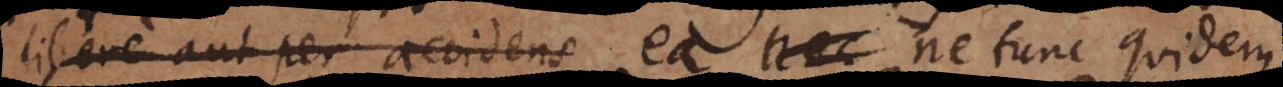
libere aut per accidens ea ne tunc quidem